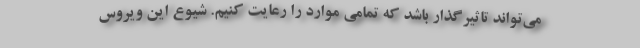
می‌تواند تاثیرگذار باشد که تمامی موارد را رعایت کنیم. شیوع این ویروس